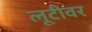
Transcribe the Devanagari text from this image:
लूटीवर